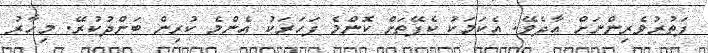
ފަތުރުވެރިންނަށް އާދެވޭ. އެކަމަކު ކެފޭތަށް ކޮންމެ ފަހަރަކު އެންމެ ކުރިން ބަންދުކުރޭ. މިހާރު